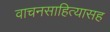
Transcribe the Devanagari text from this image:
वाचनसाहित्यासह